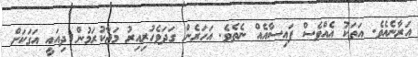
އަރާނެއެވެ. އަތަކު އެއްވެސް ފައިސާއެއް ނެތެވެ. އަހަރެން ގަދަވެހުރިއިރު މަޖާކުރަމުން ދިއައީ އަގަކަށް